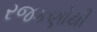
રજકણોથી